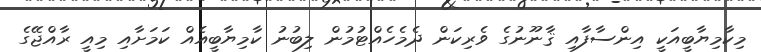
މިކާމިޔާބީއަކީ އިންސާފާއި ޤާނޫނުގެ ވެރިކަން ދެމެހެއްޓުމުން ލިބުނު ކާމިޔާބީއެއް ކަމަށާއި މިއީ ރާއްޖޭގެ